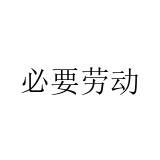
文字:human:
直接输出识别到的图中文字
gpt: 必要劳动